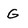
Character: G